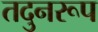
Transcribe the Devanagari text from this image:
तदुनरूप